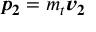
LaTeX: { \boldsymbol { p } } _ { \boldsymbol { 2 } } = m _ { t } { \boldsymbol { v } } _ { \boldsymbol { 2 } }